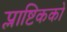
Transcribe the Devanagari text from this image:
प्लाष्टिकको